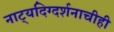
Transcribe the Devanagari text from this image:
नाट्यदिग्दर्शनाचीही